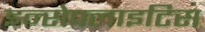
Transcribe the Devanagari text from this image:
इन्सेफ्लाइटिस